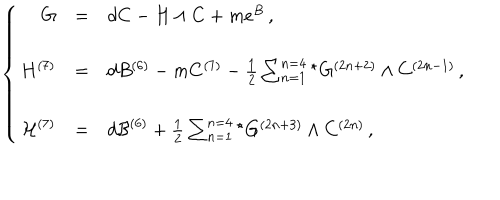
\left\{ \begin{array} { r c l } { { G } } & { { = } } & { { d C - H \wedge C + m e ^ { B } \, , } } \\ { { } } & { { } } & { { } } \\ { { H ^ { ( 7 ) } } } & { { = } } & { { d B ^ { ( 6 ) } - m C ^ { ( 7 ) } - \frac { 1 } { 2 } \sum _ { n = 1 } ^ { n = 4 } { } ^ { \star } G ^ { ( 2 n + 2 ) } \wedge C ^ { ( 2 n - 1 ) } \, , } } \\ { { } } & { { } } & { { } } \\ { { { \cal H } ^ { ( 7 ) } } } & { { = } } & { { d { \cal B } ^ { ( 6 ) } + \frac { 1 } { 2 } \sum _ { n = 1 } ^ { n = 4 } { } ^ { \star } G ^ { ( 2 n + 3 ) } \wedge C ^ { ( 2 n ) } \, , } } \\ \end{array} \right.